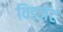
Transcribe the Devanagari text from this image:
विड्जेट